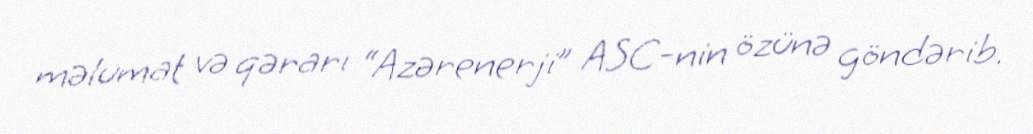
məlumat və qərarı “Azərenerji” ASC-nin özünə göndərib.